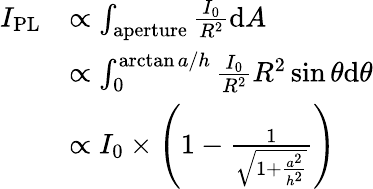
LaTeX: \begin{array}{rl}{I_{\mathrm{PL}}}&{\propto\int_{\mathrm{aperture}}\frac{I_{0}}{R^{2}}\mathrm{d}A}\\ &{\propto\int_{0}^{\arctan{a/h}}\frac{I_{0}}{R^{2}}R^{2}\sin\theta\mathrm{d}\theta}\\ &{\propto I_{0}\times\left(1-\frac{1}{\sqrt{1+\frac{a^{2}}{h^{2}}}}\right)}\end{array}